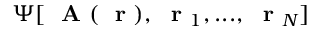
\Psi [ \mathrm { ~ \bf ~ A ~ } ( \mathrm { ~ \bf ~ r ~ } ) , \mathrm { ~ \bf ~ r ~ } _ { 1 } , . . . , \mathrm { ~ \bf ~ r ~ } _ { N } ]